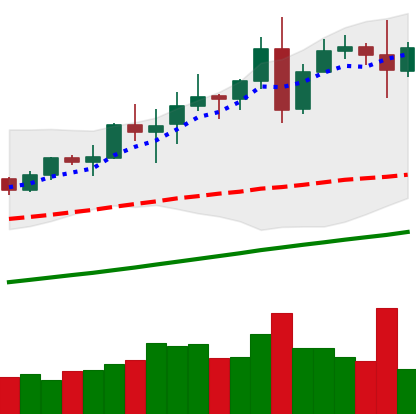
Ticker: TRX-USD
Chart end date: 2020-08-08
Forward return: 10.716%
Label: up_7plus